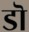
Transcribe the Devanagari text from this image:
डॊ